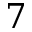
7